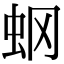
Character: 𧈿